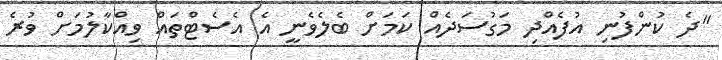
"ދެ ކުންފުނި އުފެއްދި މަގުސަދެއް ކަމަށް ބެލެވެނީ އެ އެސެޓްތައް ވިއްކާލުމަށް ވުރެ